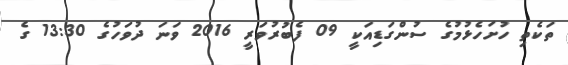
ތަކެތި ހުށަހެޅުމުގެ ސުންގަޑިއަކީ 09 ފެބުރުވަރީ 2016 ވަނަ ދުވަހުގެ 13:30 ގެ